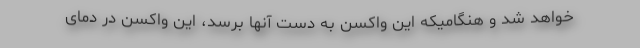
خواهد شد و هنگامیکه این واکسن به دست آنها برسد، این واکسن در دمای